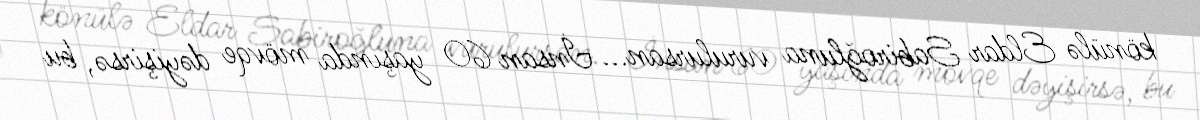
könülə Eldar Sabiroğluna vurulursan... İnsan 60 yaşında mövqe dəyişirsə, bu